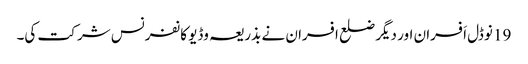
19 نوڈل اَفسران اور دیگر ضلع افسران نے بذریعہ وڈیو کانفرنس شر کت کی۔